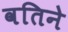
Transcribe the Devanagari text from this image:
वतिने